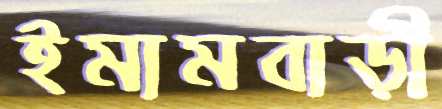
ইমামবাড়ী